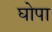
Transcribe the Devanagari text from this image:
घोपा